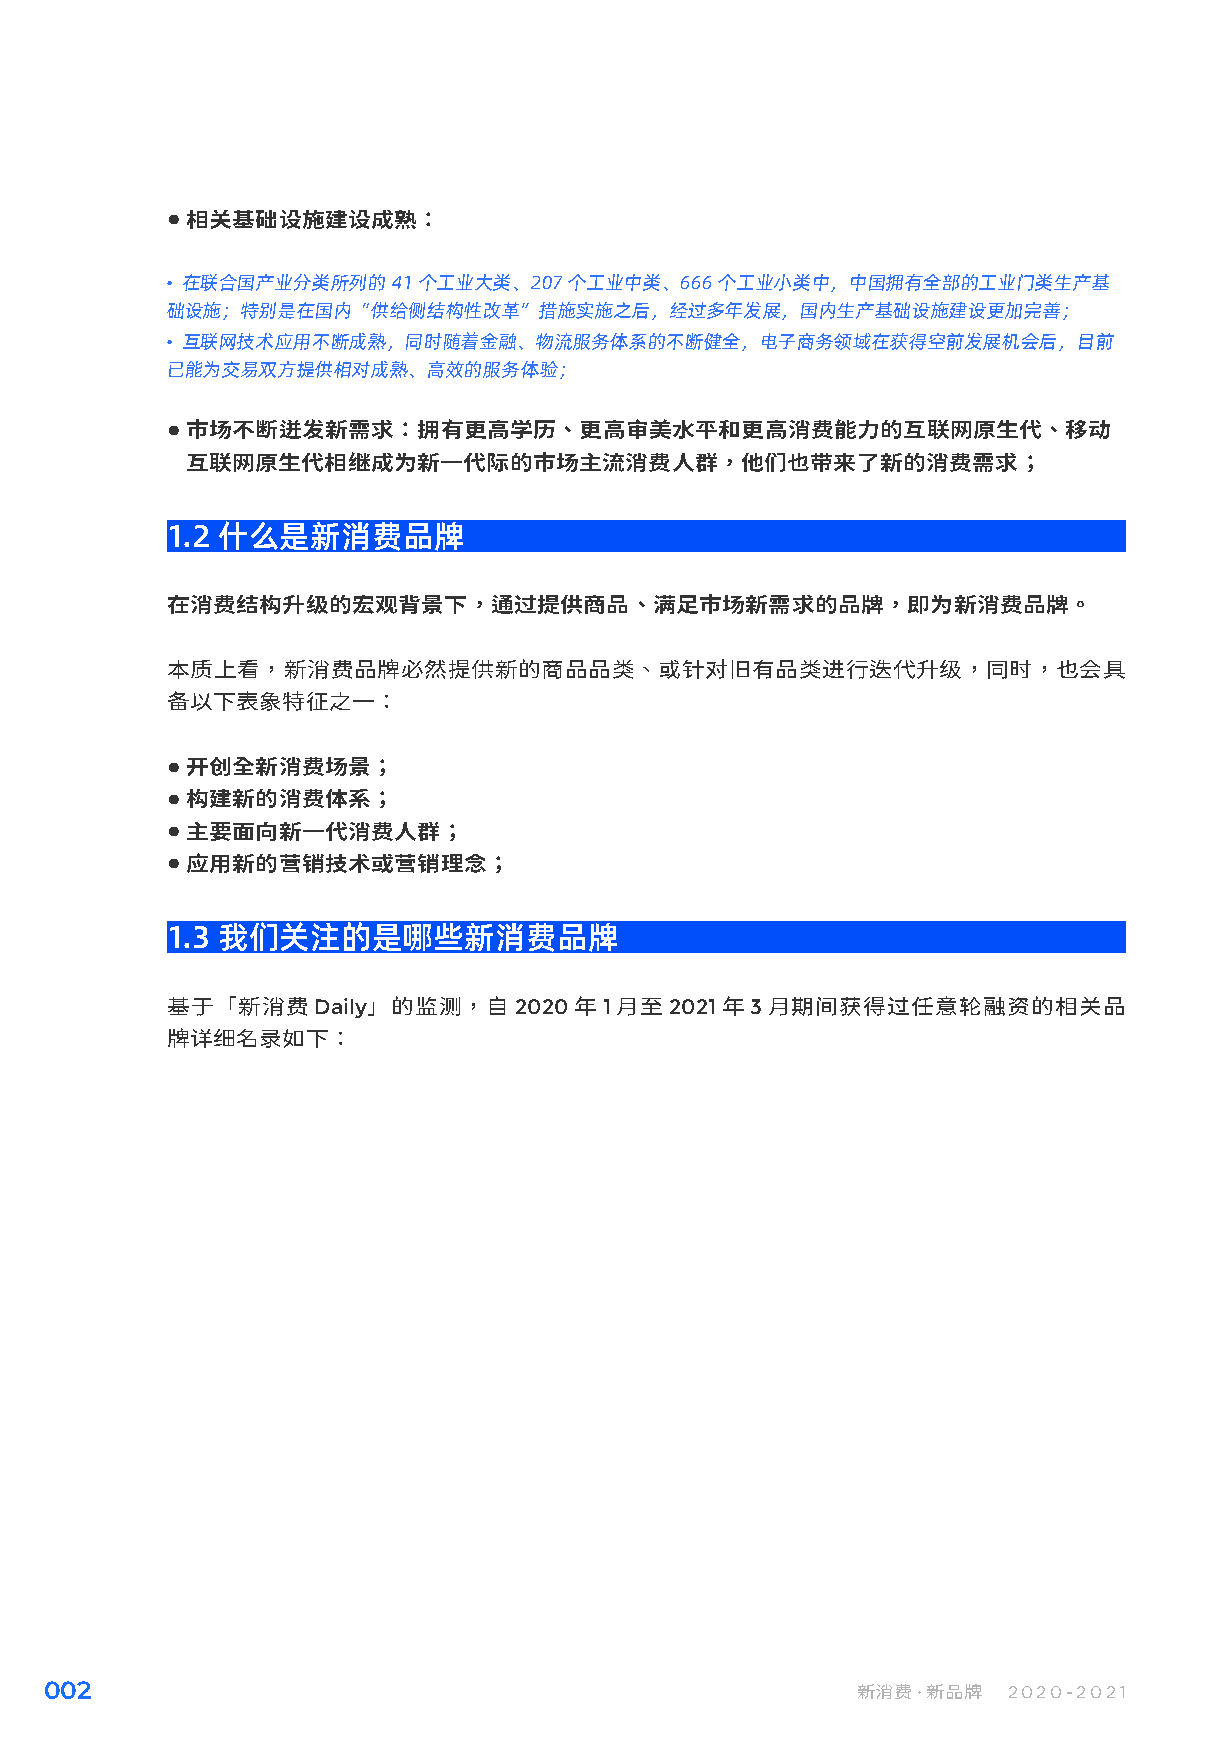
● 相关基础设施建设成熟：
 在联合国产业分类所列的   41 个工业大类、207 个工业中类、666 个工业小类中，中国拥有全部的工业门类生产基
 础设施；特别是在国内“供给侧结构性改革”措施实施之后，经过多年发展，国内生产基础设施建设更加完善；
 互联网技术应用不断成熟，同时随着金融、物流服务体系的不断健全，电子商务领域在获得空前发展机会后，目前
 已能为交易双方提供相对成熟、高效的服务体验；
 ● 市场不断迸发新需求：拥有更高学历、更高审美水平和更高消费能力的互联网原生代、移动
 互联网原生代相继成为新一代际的市场主流消费人群，他们也带来了新的消费需求；
 1.2 什么是新消费品牌
 在消费结构升级的宏观背景下，通过提供商品、满足市场新需求的品牌，即为新消费品牌。
 本质上看，新消费品牌必然提供新的商品品类、或针对旧有品类进行迭代升级，同时，也会具
 备以下表象特征之一：
 ● 开创全新消费场景；
 ● 构建新的消费体系；
 ● 主要面向新一代消费人群；
 ● 应用新的营销技术或营销理念；
 1.3 我们关注的是哪些新消费品牌
 基于「新消费Daily」的监测，自2020年1月至2021年3月期间获得过任意轮融资的相关品
 牌详细名录如下：
 002                                                   新消费·新品牌   2020-2021